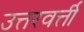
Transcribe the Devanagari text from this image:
उत्तरवर्त्ती